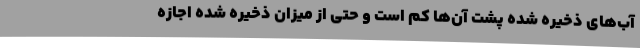
آب‌های ذخیره شده پشت آن‌ها کم است و حتی از میزان ذخیره شده اجازه